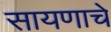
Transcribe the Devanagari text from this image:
सायणाचे